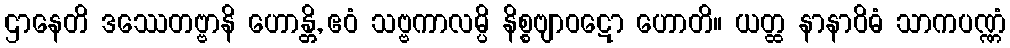
ဌာနေတိ ဒဿေတဗ္ဗာနိ ဟောန္တိ, ဧဝံ သဗ္ဗကာလမ္ပိ နိစ္စဗျာဝဋော ဟောတိ။ ယတ္ထ နာနာဝိဓံ သာကပဏ္ဏံ